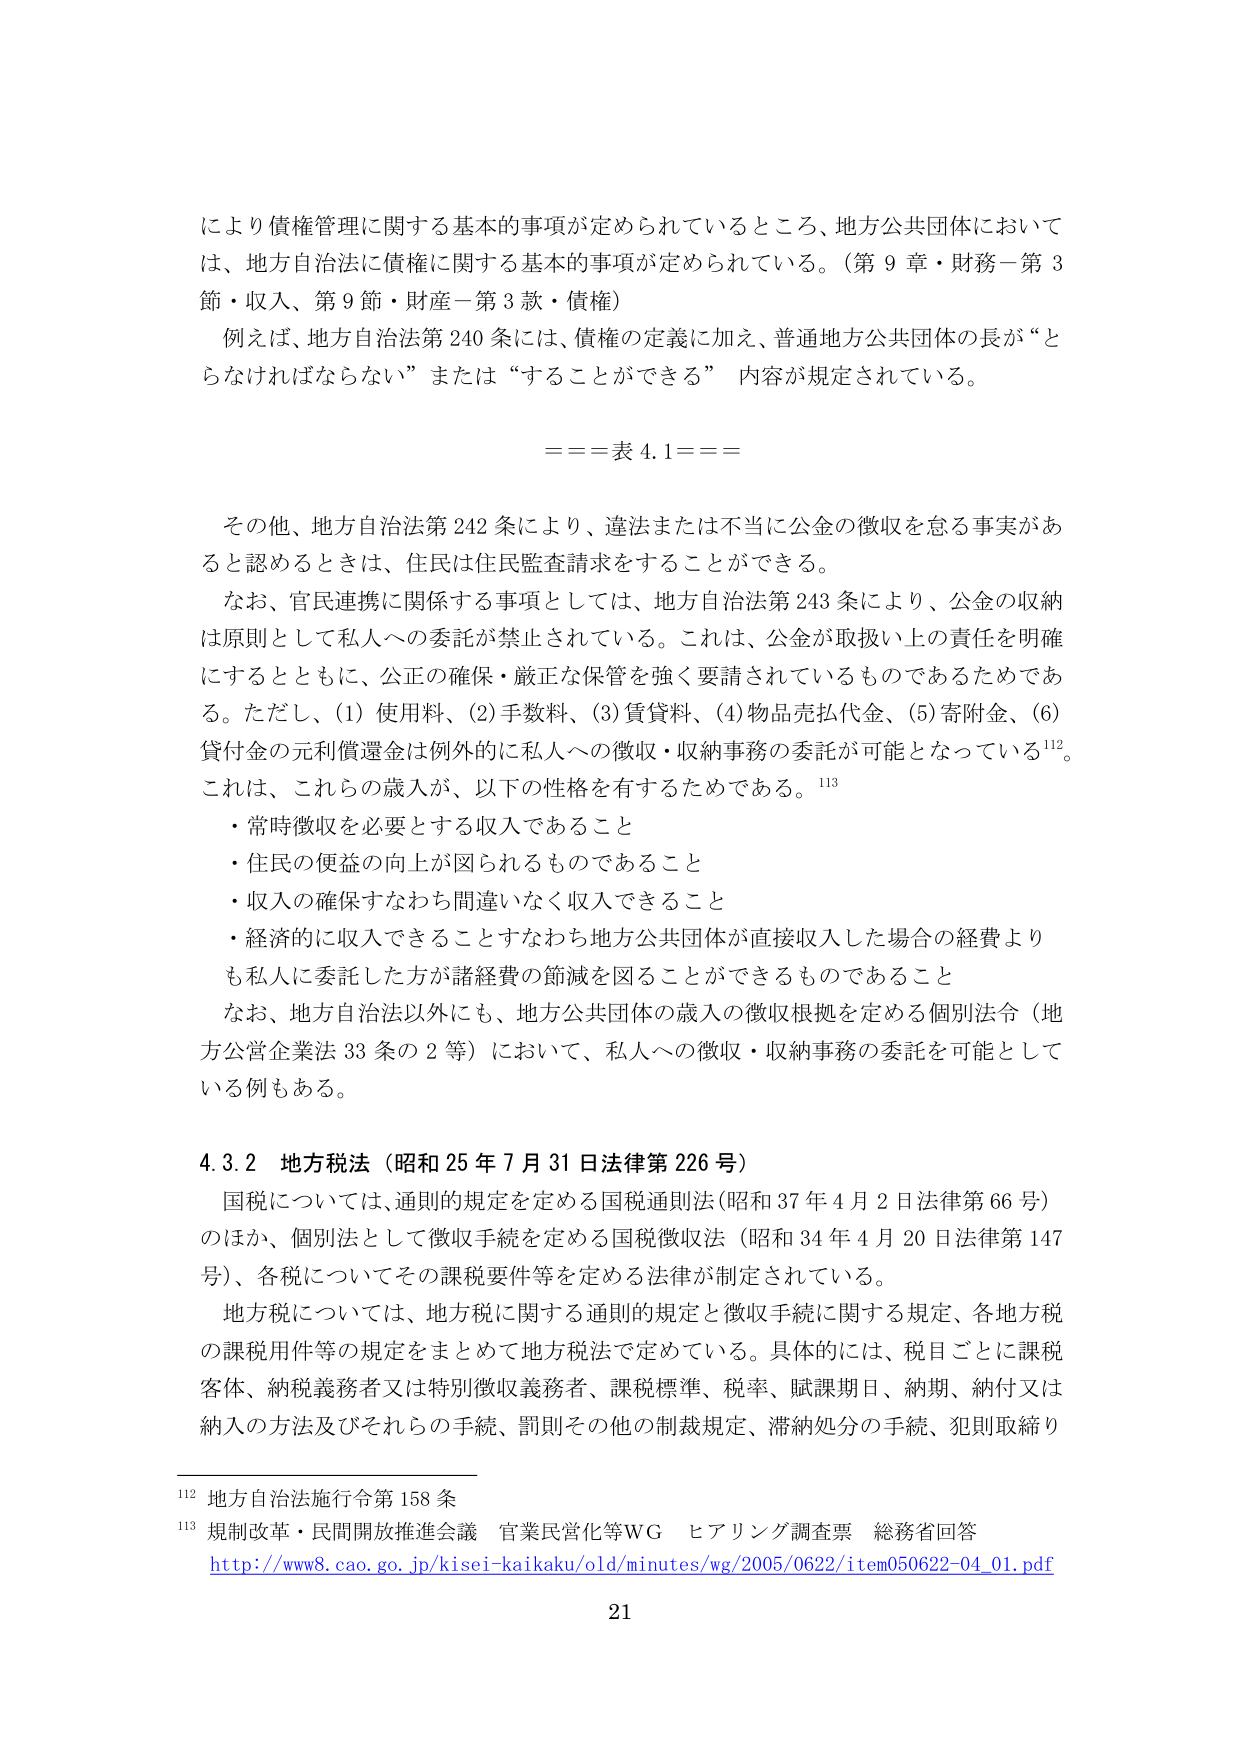
により債権管理に関する基本的事項が定められているところ、地方公共団体においては、地方自治法に債権に関する基本的事項が定められている。（第９章・財務－第３節・収入、第９節・財産－第３款・債権）

例えば、地方自治法第240条には、債権の定義に加え、普通地方公共団体の長が“とらなければならない”または“することができる”内容が規定されている。

====表4.1====

その他、地方自治法第242条により、違法または不正に公金の徴収を怠る事実があると認めるときは、住民は住民監査請求をすることができる。

なお、官民連携に関係する事項としては、地方自治法第243条により、公金の収納は原則として私人への委託が禁止されている。これは、公金が取扱い上の責任を明確にするとともに、公正の確保・厳正な保管を強く要請されているものであるためである。ただし、(1)使用料、(2)手数料、(3)賃貸料、(4)物品売払代金、(5)寄附金、(6)貸付金の元利償還金は例外的に私人への徴収・収納事務の委託が可能となっている112。これは、これらの歳入が、以下の性格を有するためである。113

・常時徴収を必要とする収入であること
・住民の便益の向上が図られるものであること
・収入の確保すなわち間違いなく収入できること
・経済的に収入できることすなわち地方公共団体が直接収入した場合の経費よりも私人に委託した方が諸経費の節減を図ることができるるものであること

なお、地方自治法以外にも、地方公共団体の歳入の徴収根拠を定める個別法令（地方公営企業法33条の2等）において、私人への徴収・収納事務の委託を可能としている例もある。

4.3.2 地方税法（昭和25年7月31日法律第226号）

国税については、通則的規定を定める国税通則法（昭和37年4月2日法律第66号）のほか、個別法として徴収手続を定める国税徴収法（昭和34年4月20日法律第147号）、各税についてその課税要件等を定める法律が制定されている。

地方税については、地方税に関する通則的規定と徴収手続に関する規定、各地方税の課税用件等の規定をまとめて地方税法で定めている。具体的には、税目ごとに課税客体、納税義務者又は特別徴収義務者、課税標準、税率、賦課期日、納期、納付又は納入の方法及びそれらの手続、罰則その他の制裁規定、滞納処分の手続、犯則取締り

112 地方自治法施行令第158条
113 規制改革・民間開放推進会議 官業民営化等WG ヒアリング調査票 総務省回答
http://www8.cao.go.jp/kisei-kaikaku/old/minutes/wg/2005/0622/item050622-04_01.pdf

21